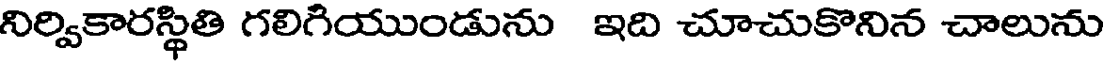
నిర్వికారస్థితి గలిగియుండును ఇది చూచుకొనిన చాలును